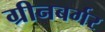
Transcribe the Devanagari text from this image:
ग्रीनबर्गर